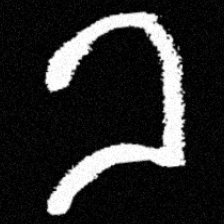
Pyu character \u2014 Myanmar letter: ခ (romanized: kha)